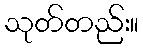
သုတ်တည်း။